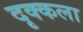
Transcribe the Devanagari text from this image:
दृक्कला